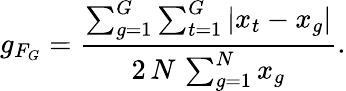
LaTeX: g_{F_{G}}=\frac{\sum_{g=1}^{G}\sum_{t=1}^{G}|x_{t}-x_{g}|}{2\, N\, \sum_{g=1}^{N}x_{g}}.